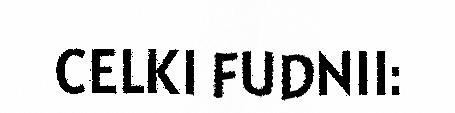
CELKI FUDNII: